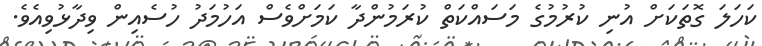
ކަހަލަ ގޮތަކަށް އުނި ކުރުމުގެ މަސައްކަތް ކުރަމުންދާ ކަމަށްވެސް އަހުމަދު ހުސެއިން ވިދާޅުވިއެވެ.